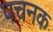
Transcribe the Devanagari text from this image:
पचनक